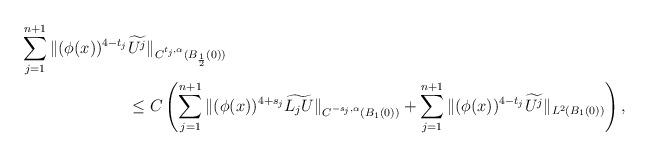
LaTeX: \begin{align*}\sum_{j=1}^{n+1}\| (\phi(x))^{4-t_j} & \widetilde{U^j}\|_{C^{t_j, \alpha}(B_{\frac{1}{2}}(0))} \\&\le C\left( \sum_{j=1}^{n+1} \| (\phi(x))^{4+s_j}\widetilde{L_j U}\|_{C^{-s_j, \alpha}(B_1(0))} + \sum_{j=1}^{n+1} \| (\phi(x))^{4-t_j} \widetilde{U^j} \|_{L^2(B_1(0))}\right), \end{align*}